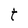
Character: t